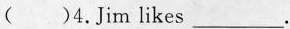
( )4.Jim likes___.